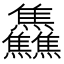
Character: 𱬳